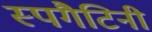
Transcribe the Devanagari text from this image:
स्पगैटिनी